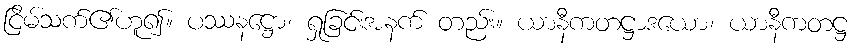
ငြိမ်သက်၏ဟူ၍။ ပဿနဋ္ဌော၊ ရှုခြင်းအနက် တည်း။ ယာနီကတဋ္ဌာဒယော၊ ယာနီကတဋ္ဌ